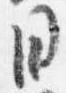
日